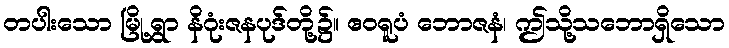
တပါးသော မြို့ရွာ နိဂုံးဇနပုဒ်တို့၌။ ဧဝရူပံ ဘောဇနံ၊ ဤသို့သဘောရှိသော